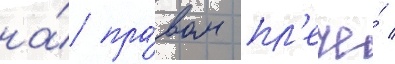
на́ пра́вом пл'ече́ /